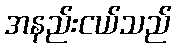
အနည်းငယ်သည်